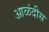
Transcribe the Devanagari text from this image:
आळंदीस